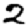
Digit: 2